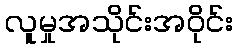
လူမှုအသိုင်းအဝိုင်း